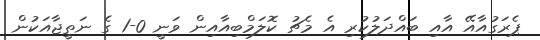
ޕެރަގުއާއޭ އާއި ބައްދަލުކުރި އެ މެޗު ކޮލަމްބިއާއިން ވަނީ 0-1 ގެ ނަތީޖާއަކުން